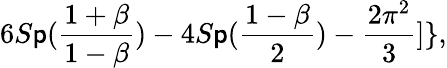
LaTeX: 6S\mathsf{p}({\frac{{1+\beta}}{{1-\beta}}})-4S\mathsf{p}({\frac{{1-\beta}}{{2}}})-{\frac{{2\pi^{2}}}{{3}}}]\} ,